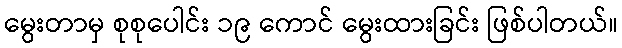
မွေးတာမှ စုစုပေါင်း ၁၉ ကောင် မွေးထားခြင်း ဖြစ်ပါတယ်။